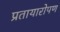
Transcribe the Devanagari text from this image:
प्रतायारोपण